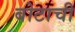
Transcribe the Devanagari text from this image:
बोटाची